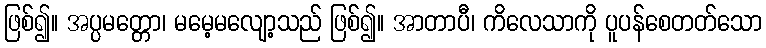
ဖြစ်၍။ အပ္ပမတ္တော၊ မမေ့မလျော့သည် ဖြစ်၍။ အာတာပီ၊ ကိလေသာကို ပူပန်စေတတ်သော